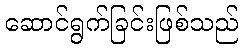
ဆောင်ရွက်ခြင်းဖြစ်သည်